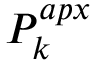
P _ { k } ^ { a p x }